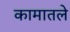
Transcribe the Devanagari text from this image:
कामातले